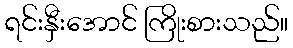
ရင်းနှီးအောင် ကြိုးစားသည်။